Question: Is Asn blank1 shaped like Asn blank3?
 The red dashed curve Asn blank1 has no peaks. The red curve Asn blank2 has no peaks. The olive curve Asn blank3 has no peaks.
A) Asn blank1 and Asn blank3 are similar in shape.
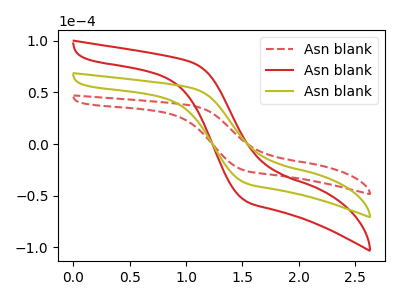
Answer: <think>Neither "Asn blank1" or "Asn blank3" have any peaks.
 </think>
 <answer>A) "Asn blank1" and "Asn blank3" are similar in shape.</answer>
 <eval>A</eval>